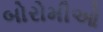
બોરોમીઓ